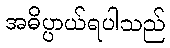
အဓိပ္ပာယ်ရပါသည်